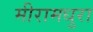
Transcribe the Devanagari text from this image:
मीरामधुरा